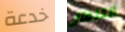
خدعة التلفاز